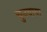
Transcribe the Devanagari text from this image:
चुनवाया